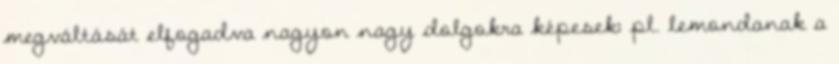
megváltását elfogadva nagyon nagy dolgokra képesek: pl. lemondanak a